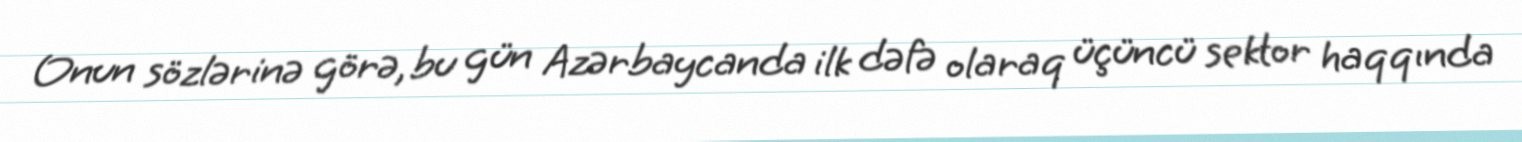
Onun sözlərinə görə, bu gün Azərbaycanda ilk dəfə olaraq üçüncü sektor haqqında